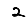
Digit: 2